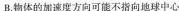
B.物体的加速度方向可能不指向地球中心